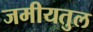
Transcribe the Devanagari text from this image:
जमीयतुल